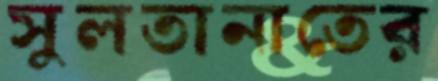
সুলতানাতের